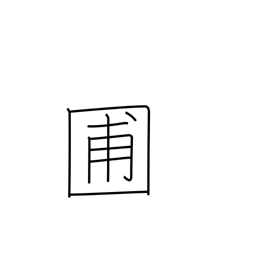
Meaning: garden